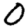
Digit: 0